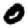
Digit: 0